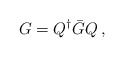
\begin{align*} G = Q^{\dagger} {\bar G } Q\, ,\end{align*}